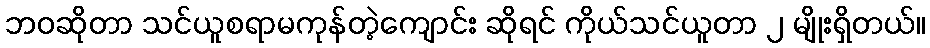
ဘဝဆိုတာ သင်ယူစရာမကုန်တဲ့ကျောင်း ဆိုရင် ကိုယ်သင်ယူတာ ၂ မျိုးရှိတယ်။